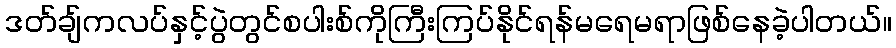
ဒတ်ချ်ကလပ်နှင့်ပွဲတွင်စပါးစ်ကိုကြီးကြပ်နိုင်ရန်မရေမရာဖြစ်နေခဲ့ပါတယ်။